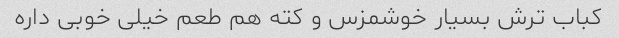
کباب ترش بسیار خوشمزس و کته هم طعم خیلى خوبى داره